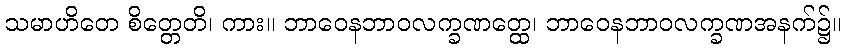
သမာဟိတေ စိတ္တေတိ၊ ကား။ ဘာဝေနဘာဝလက္ခဏတ္ထေ၊ ဘာဝေနဘာဝလက္ခဏအနက်၌။